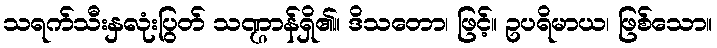
သရက်သီးနှလုံးပြွတ် သဏ္ဌာန်ရှိ၏။ ဒိသတော၊ ဖြင့်။ ဥပရိမာယ၊ ဖြစ်သော။